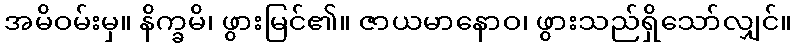
အမိဝမ်းမှ။ နိက္ခမိ၊ ဖွားမြင်၏။ ဇာယမာနောဝ၊ ဖွားသည်ရှိသော်လျှင်။